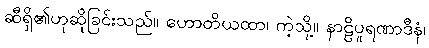
ဆီရှိ၏ဟုဆိုခြင်းသည်။ ဟောတိယထာ၊ ကဲ့သို့။ နာဠိပူရဏာဒီနံ၊